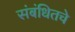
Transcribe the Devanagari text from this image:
संबंधितचे